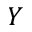
Y